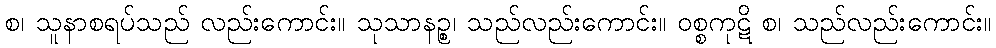
စ၊ သူနာစရပ်သည် လည်းကောင်း။ သုသာနဉ္စ၊ သည်လည်းကောင်း။ ဝစ္စကုဋိ စ၊ သည်လည်းကောင်း။